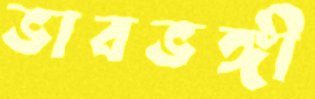
ভাবভঙ্গী